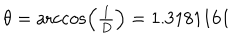
LaTeX: \theta = \operatorname { a r c c o s } \Bigl ( { \textstyle { \frac { 1 } { D } } } \Bigr ) = 1 . 3 1 8 1 1 6 1